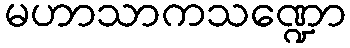
မဟာသာကသဏ္ဍော